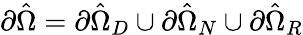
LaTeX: \partial\hat{\Omega}=\partial\hat{\Omega}_{D}\cup\partial\hat{\Omega}_{N}\cup\partial\hat{\Omega}_{R}